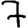
Digit: 7